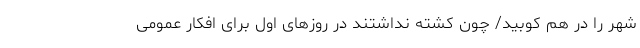
شهر را در هم کوبید/ چون کشته نداشتند در روزهای اول برای افکار عمومی